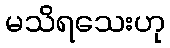
မသိရသေးဟု